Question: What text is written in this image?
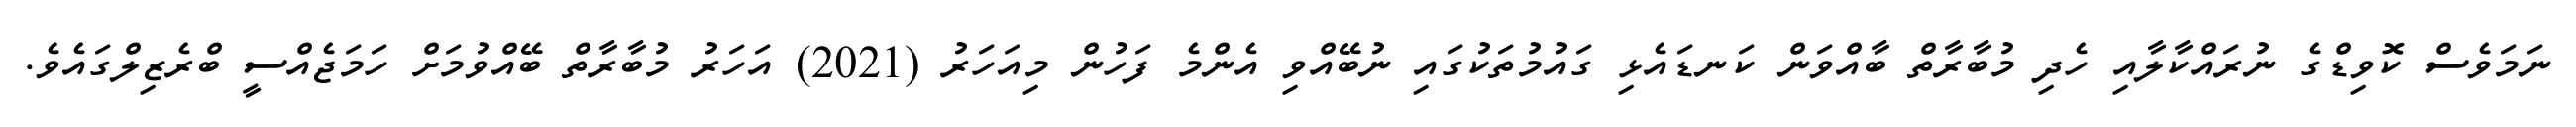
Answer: ނަމަވެސް ކޮވިޑްގެ ނުރައްކާލާއި ހެދި މުބާރާތް ބާއްވަން ކަނޑައެޅި ގައުމުތަކުގައި ނުބޭއްވި އެންމެ ފަހުން މިއަހަރު (2021) އަހަރު މުބާރާތް ބޭއްވުމަށް ހަމަޖެއްސީ ބްރެޒިލްގައެވެ.